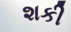
શકી